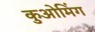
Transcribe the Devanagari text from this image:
कुओमिंग